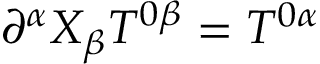
\partial ^ { \alpha } X _ { \beta } T ^ { 0 \beta } = T ^ { 0 \alpha }